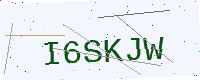
Text: I6SKJW